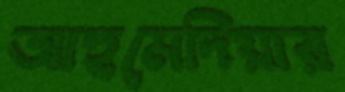
আহমেদিয়ার